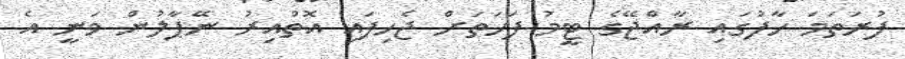
ފުރަތަމަ ހާފުގައި ރާއްޖޭގެ ޓީމު ފަހަތަށް ޖެހިފައި އޮތްއިރު ނޭޕާލުން ވަނީ އެ